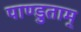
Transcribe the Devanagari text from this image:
पाण्डुताम्‌